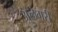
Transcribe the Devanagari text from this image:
अलेगरी